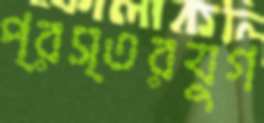
প্রস্তরযুগ